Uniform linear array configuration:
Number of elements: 12
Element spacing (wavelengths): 0.25
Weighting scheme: cosine
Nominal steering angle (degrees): -15
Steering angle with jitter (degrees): -16.581
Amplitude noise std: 0.05
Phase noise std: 0.05

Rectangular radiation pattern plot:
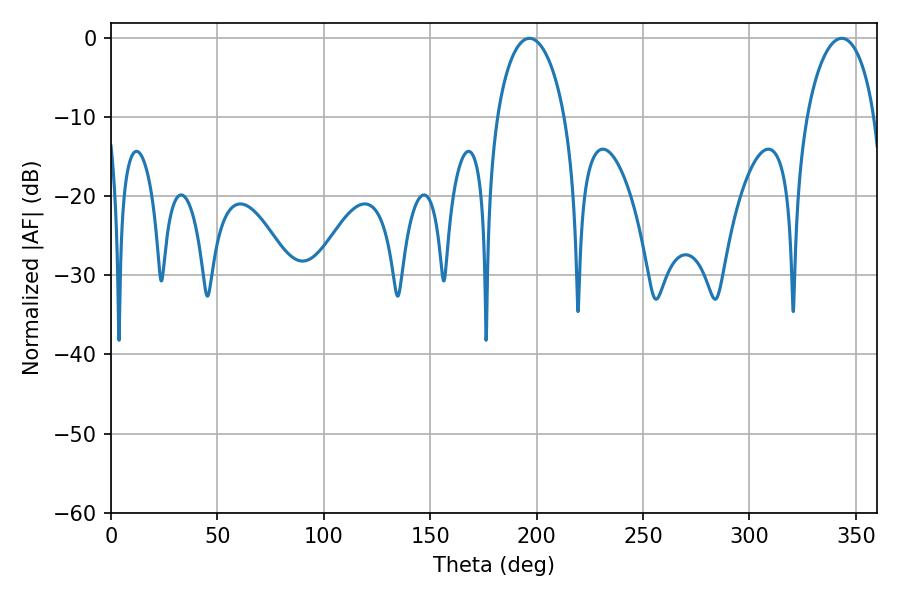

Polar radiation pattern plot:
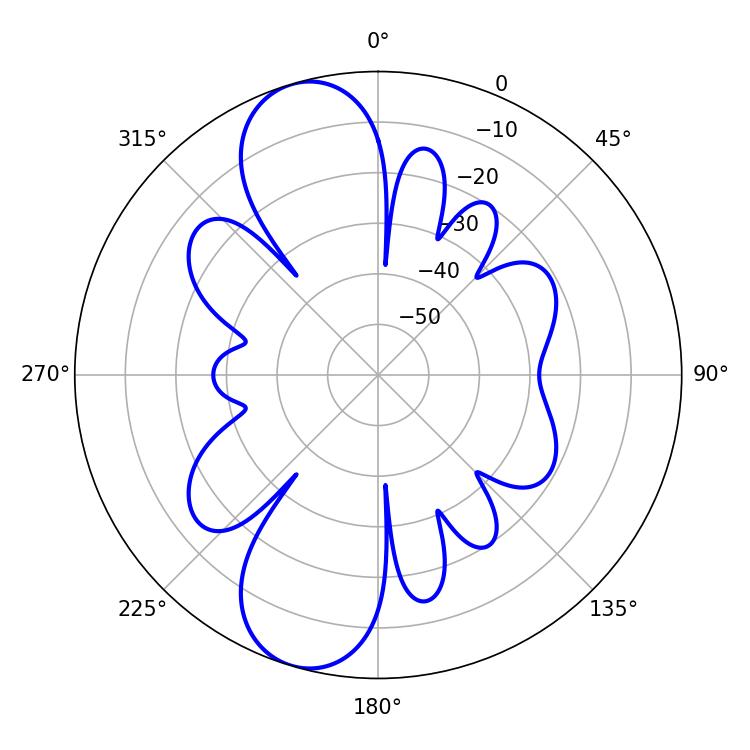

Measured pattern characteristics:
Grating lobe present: FALSE
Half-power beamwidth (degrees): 18.18
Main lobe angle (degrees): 196.56